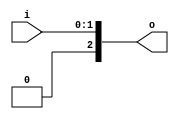
// This program was cloned from: https://github.com/NYU-MLDA/OpenABC
// License: BSD 3-Clause "New" or "Revised" License

module bsg_unconcentrate_static_3
(
  i,
  o
);

  input [1:0] i;
  output [2:0] o;
  wire [2:0] o;
  wire o_1_,o_0_;
  assign o[2] = 1'b0;
  assign o_1_ = i[1];
  assign o[1] = o_1_;
  assign o_0_ = i[0];
  assign o[0] = o_0_;

endmodule